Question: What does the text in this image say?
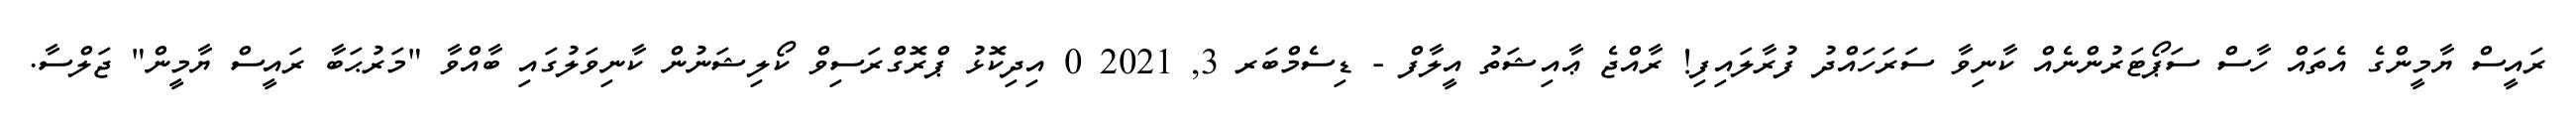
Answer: ރައީސް ޔާމީންގެ އެތައް ހާސް ސަޕޯޓަރުންނެއް ކާނިވާ ސަރަހައްދު ފުރާލައިފި! ރާއްޖެ ޢާއިޝަތު އީލާފް - ޑިސެމްބަރ 3, 2021 0 އިދިކޮޅު ޕްރޮގްރަސިވް ކޯލިޝަނުން ކާނިވަލުގައި ބާއްވާ "މަރުޙަބާ ރައީސް ޔާމީން" ޖަލްސާ.